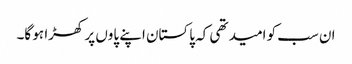
ان سب کو امید تھی کہ پاکستان اپنے پاوں پر کھڑا ہو گا۔